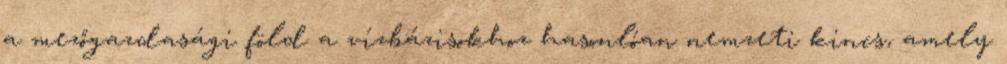
a mezőgazdasági föld a vízbázisokhoz hasonlóan nemzeti kincs, amely